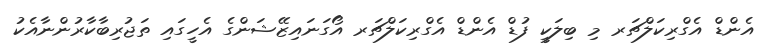
އެންޑް އެގްރިކަލްޗަރ މި ބިލަކީ ފުޑް އެންޑް އެގްރިކަލްޗަރ އޯގަނައިޒޭޝަންގެ އެހީގައި ތަޖުރިބާކާރުންނާއެކު